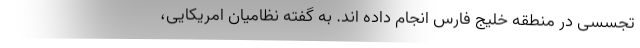
تجسسی در منطقه خلیج فارس انجام داده اند. به گفته نظامیان امریکایی،